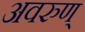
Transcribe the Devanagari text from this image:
अवरुण्